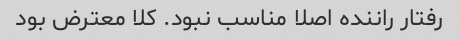
رفتار راننده اصلا مناسب نبود. کلا معترض بود